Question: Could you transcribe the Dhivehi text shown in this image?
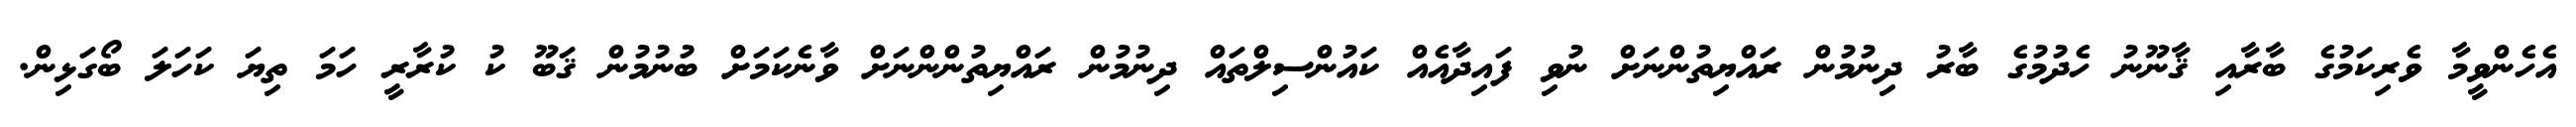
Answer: އެހެންވީމާ ވެރިކަމުގެ ބާރާއި ޤާނޫނު ހެދުމުގެ ބާރު ދިނުމުން ރައްޔިތުންނަށް ނުވި ފައިދާއެއް ކައުންސިލްތައް ދިނުމުން ރައްޔިތުންންނަށް ވާނެކަމަށް ބުނުމުން ޤަބޫ ކު ކުރާރީ ހަމަ ތިޔަ ކަހަލަ ބޯގަޅިން.